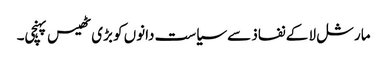
مارشل لا کے نفاذ سے سیاست دانوں کو بڑی ٹھیس پہنچی۔